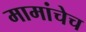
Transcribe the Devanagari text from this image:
मामांचेच